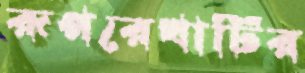
রূপরেখাটির